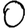
Digit: 0